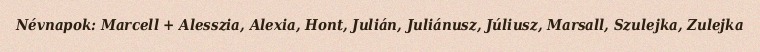
Névnapok: Marcell + Alesszia, Alexia, Hont, Julián, Juliánusz, Júliusz, Marsall, Szulejka, Zulejka